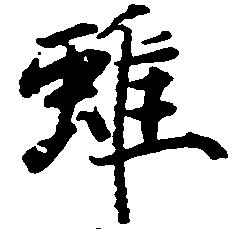
雖